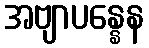
အဗျာပန္နေန